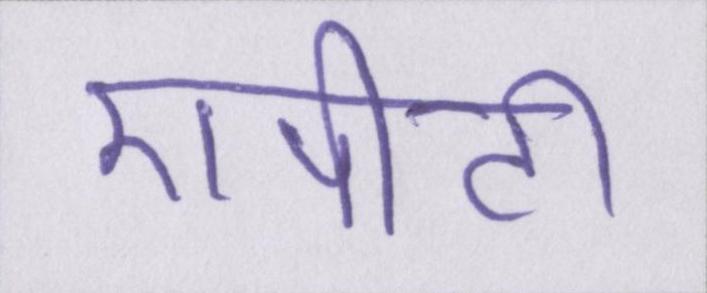
एपीटी